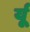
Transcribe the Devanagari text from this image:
र्यू